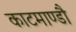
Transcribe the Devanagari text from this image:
काटमाण्डौ